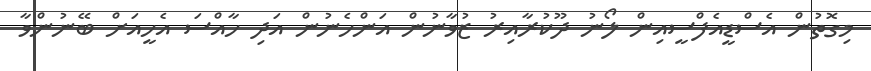
މިގޮތުން އެސްޑީއެފްސީއިން ލޯނު ދޫކުރާއިރު ޒުވާނުން އަންހެނުން އަދި ހާއްސަ އެހީއަށް ބޭނުންވާ